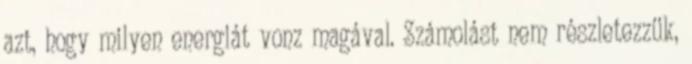
azt, hogy milyen energiát vonz magával. Számolást nem részletezzük,